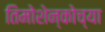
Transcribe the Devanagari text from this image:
तिमोशेन्कोच्या